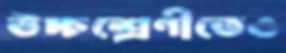
উচ্চশ্রেণীতেও